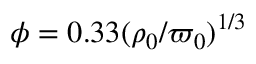
\phi = 0 . 3 3 ( \rho _ { 0 } / \varpi _ { 0 } ) ^ { 1 / 3 }